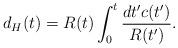
LaTeX: \begin{align*}d_H(t)=R(t)\int_0^t\frac{dt'c(t')}{R(t')}.\end{align*}